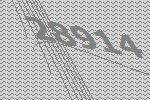
28914